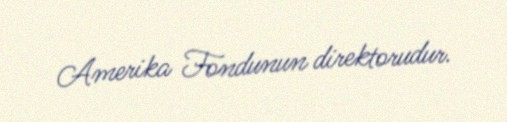
Amerika Fondunun direktorudur.